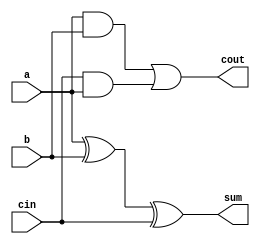
module full_adder7(a,b,cin,sum,cout);
input a,b,cin;
output sum,cout;
assign sum = a^b^cin;
assign cout = a&b|cin&(a|1'b0); 
// initial begin
//     $display("The incorrect adder with or0 having in2/0");
// end   
endmodule